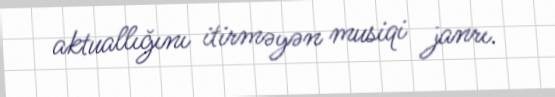
aktuallığını itirməyən musiqi janrı.